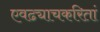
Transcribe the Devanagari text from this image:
एवढ्याचकरितां